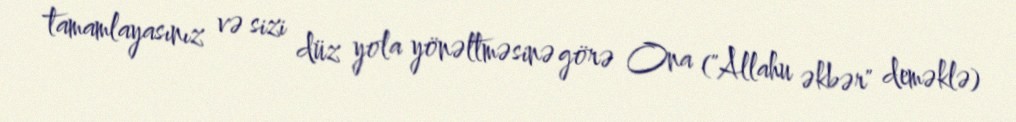
tamamlayasınız və sizi düz yola yönəltməsinə görə Ona ("Allahu əkbər" deməklə)